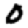
Digit: 0